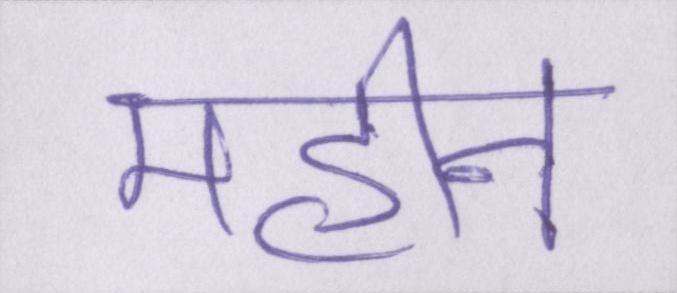
महीन